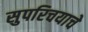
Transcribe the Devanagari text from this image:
सुपरिचयाचे